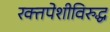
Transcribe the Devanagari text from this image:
रक्तपेशीविरुद्ध